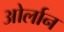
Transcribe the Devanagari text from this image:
ओर्लान